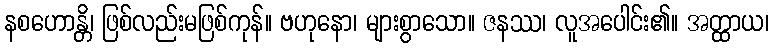
နစဟောန္တိ၊ ဖြစ်လည်းမဖြစ်ကုန်။ ဗဟုနော၊ များစွာသော။ ဇနဿ၊ လူအပေါင်း၏။ အတ္ထာယ၊